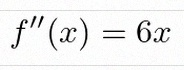
f''(x)=6x